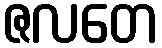
ဇလတေ